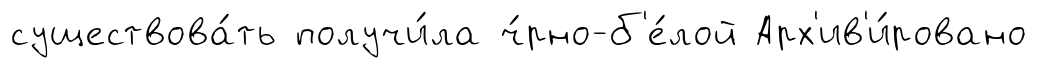
существова́ть получи́ла ч́рно-б'е́лой Арх'ив'и́ровано